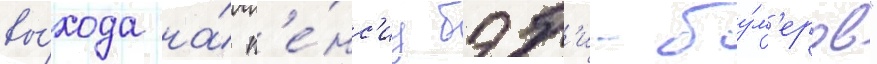
вы́хода на́ п'е́нс'иу бэб'и-бу́м'еров"